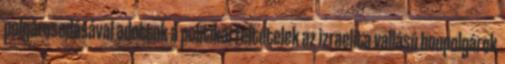
polgárosodásával adottak a politikai feltételek az izraelita vallású honpolgárok